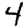
Digit: 4